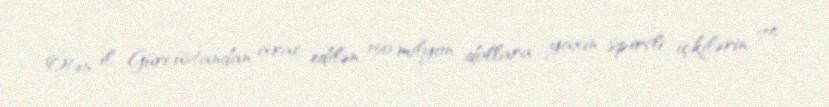
Ötən il Gürcüstandan ixrac edilən 150 milyon dollara yaxın spirtli içkilərin 75